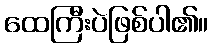
ထေကြီးပဲဖြစ်ပါ၏။